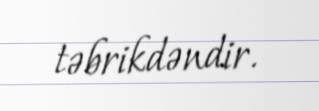
təbrikdəndir.